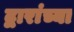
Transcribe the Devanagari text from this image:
द्वारांच्या